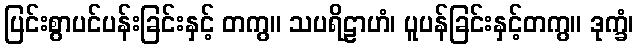
ပြင်းစွာပင်ပန်းခြင်းနှင့် တကွ။ သပရိဠာဟံ၊ ပူပန်ခြင်းနှင့်တကွ။ ဒုက္ခံ၊